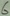
Text: 6